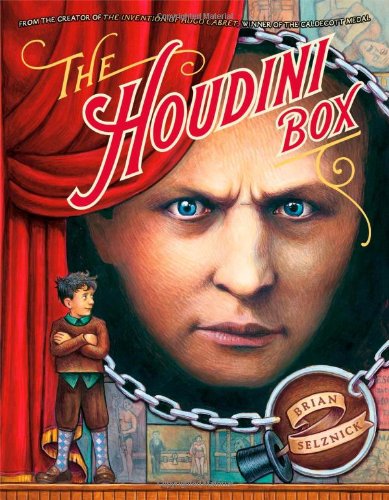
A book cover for The Houdini Box; Brian Selznick; Children's Books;